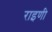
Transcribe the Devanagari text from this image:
राइणी